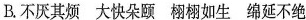
B.不厌其烦 大快朵颐 栩栩如生 绵延不绝